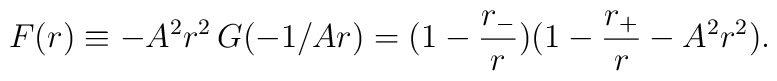
F(r)\equiv -A^2r^2\,G(-1/Ar)=(1-\frac{r_-}{r})(1-\frac{r_+}{r}-A^2r^2).